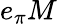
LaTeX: e_{\pi}M